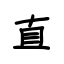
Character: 直